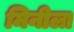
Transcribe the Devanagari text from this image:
मिनीला